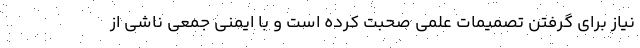
نیاز برای گرفتن تصمیمات علمی صحبت کرده است و با ایمنی جمعی ناشی از